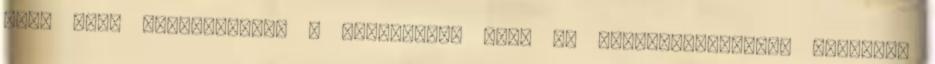
őket ezek készítésére. A legnagyobb kárt az alkoholbehozatal jelenti.